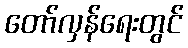
တော်လှန်ရေးတွင်